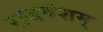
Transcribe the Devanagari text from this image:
राजवंशम्